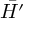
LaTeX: \bar { H ^ { \prime } }